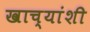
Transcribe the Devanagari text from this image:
खाच्यांशी